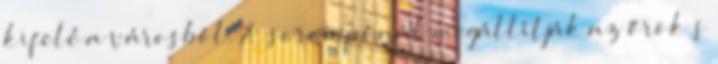
kifelé a városból. A sorompónál megállítják az őrök s